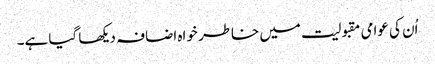
اُن کی عوامی مقبولیت میں خاطر خواہ اضافہ دیکھا گیا ہے۔